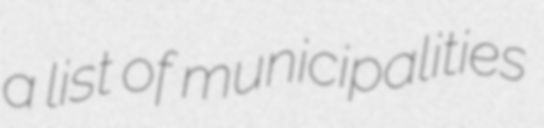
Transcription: a list of municipalities